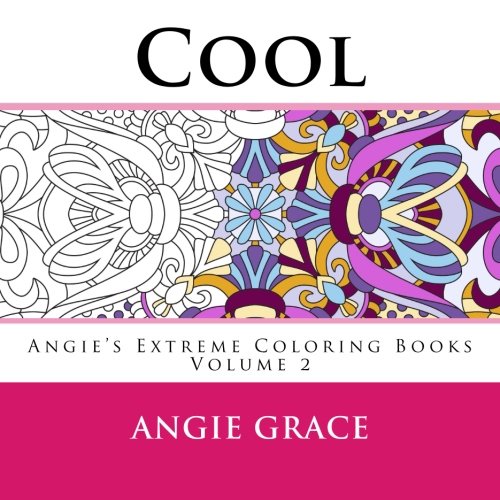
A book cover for Cool (Angie's Extreme Coloring Books Volume 2); Angie Grace; Crafts, Hobbies & Home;